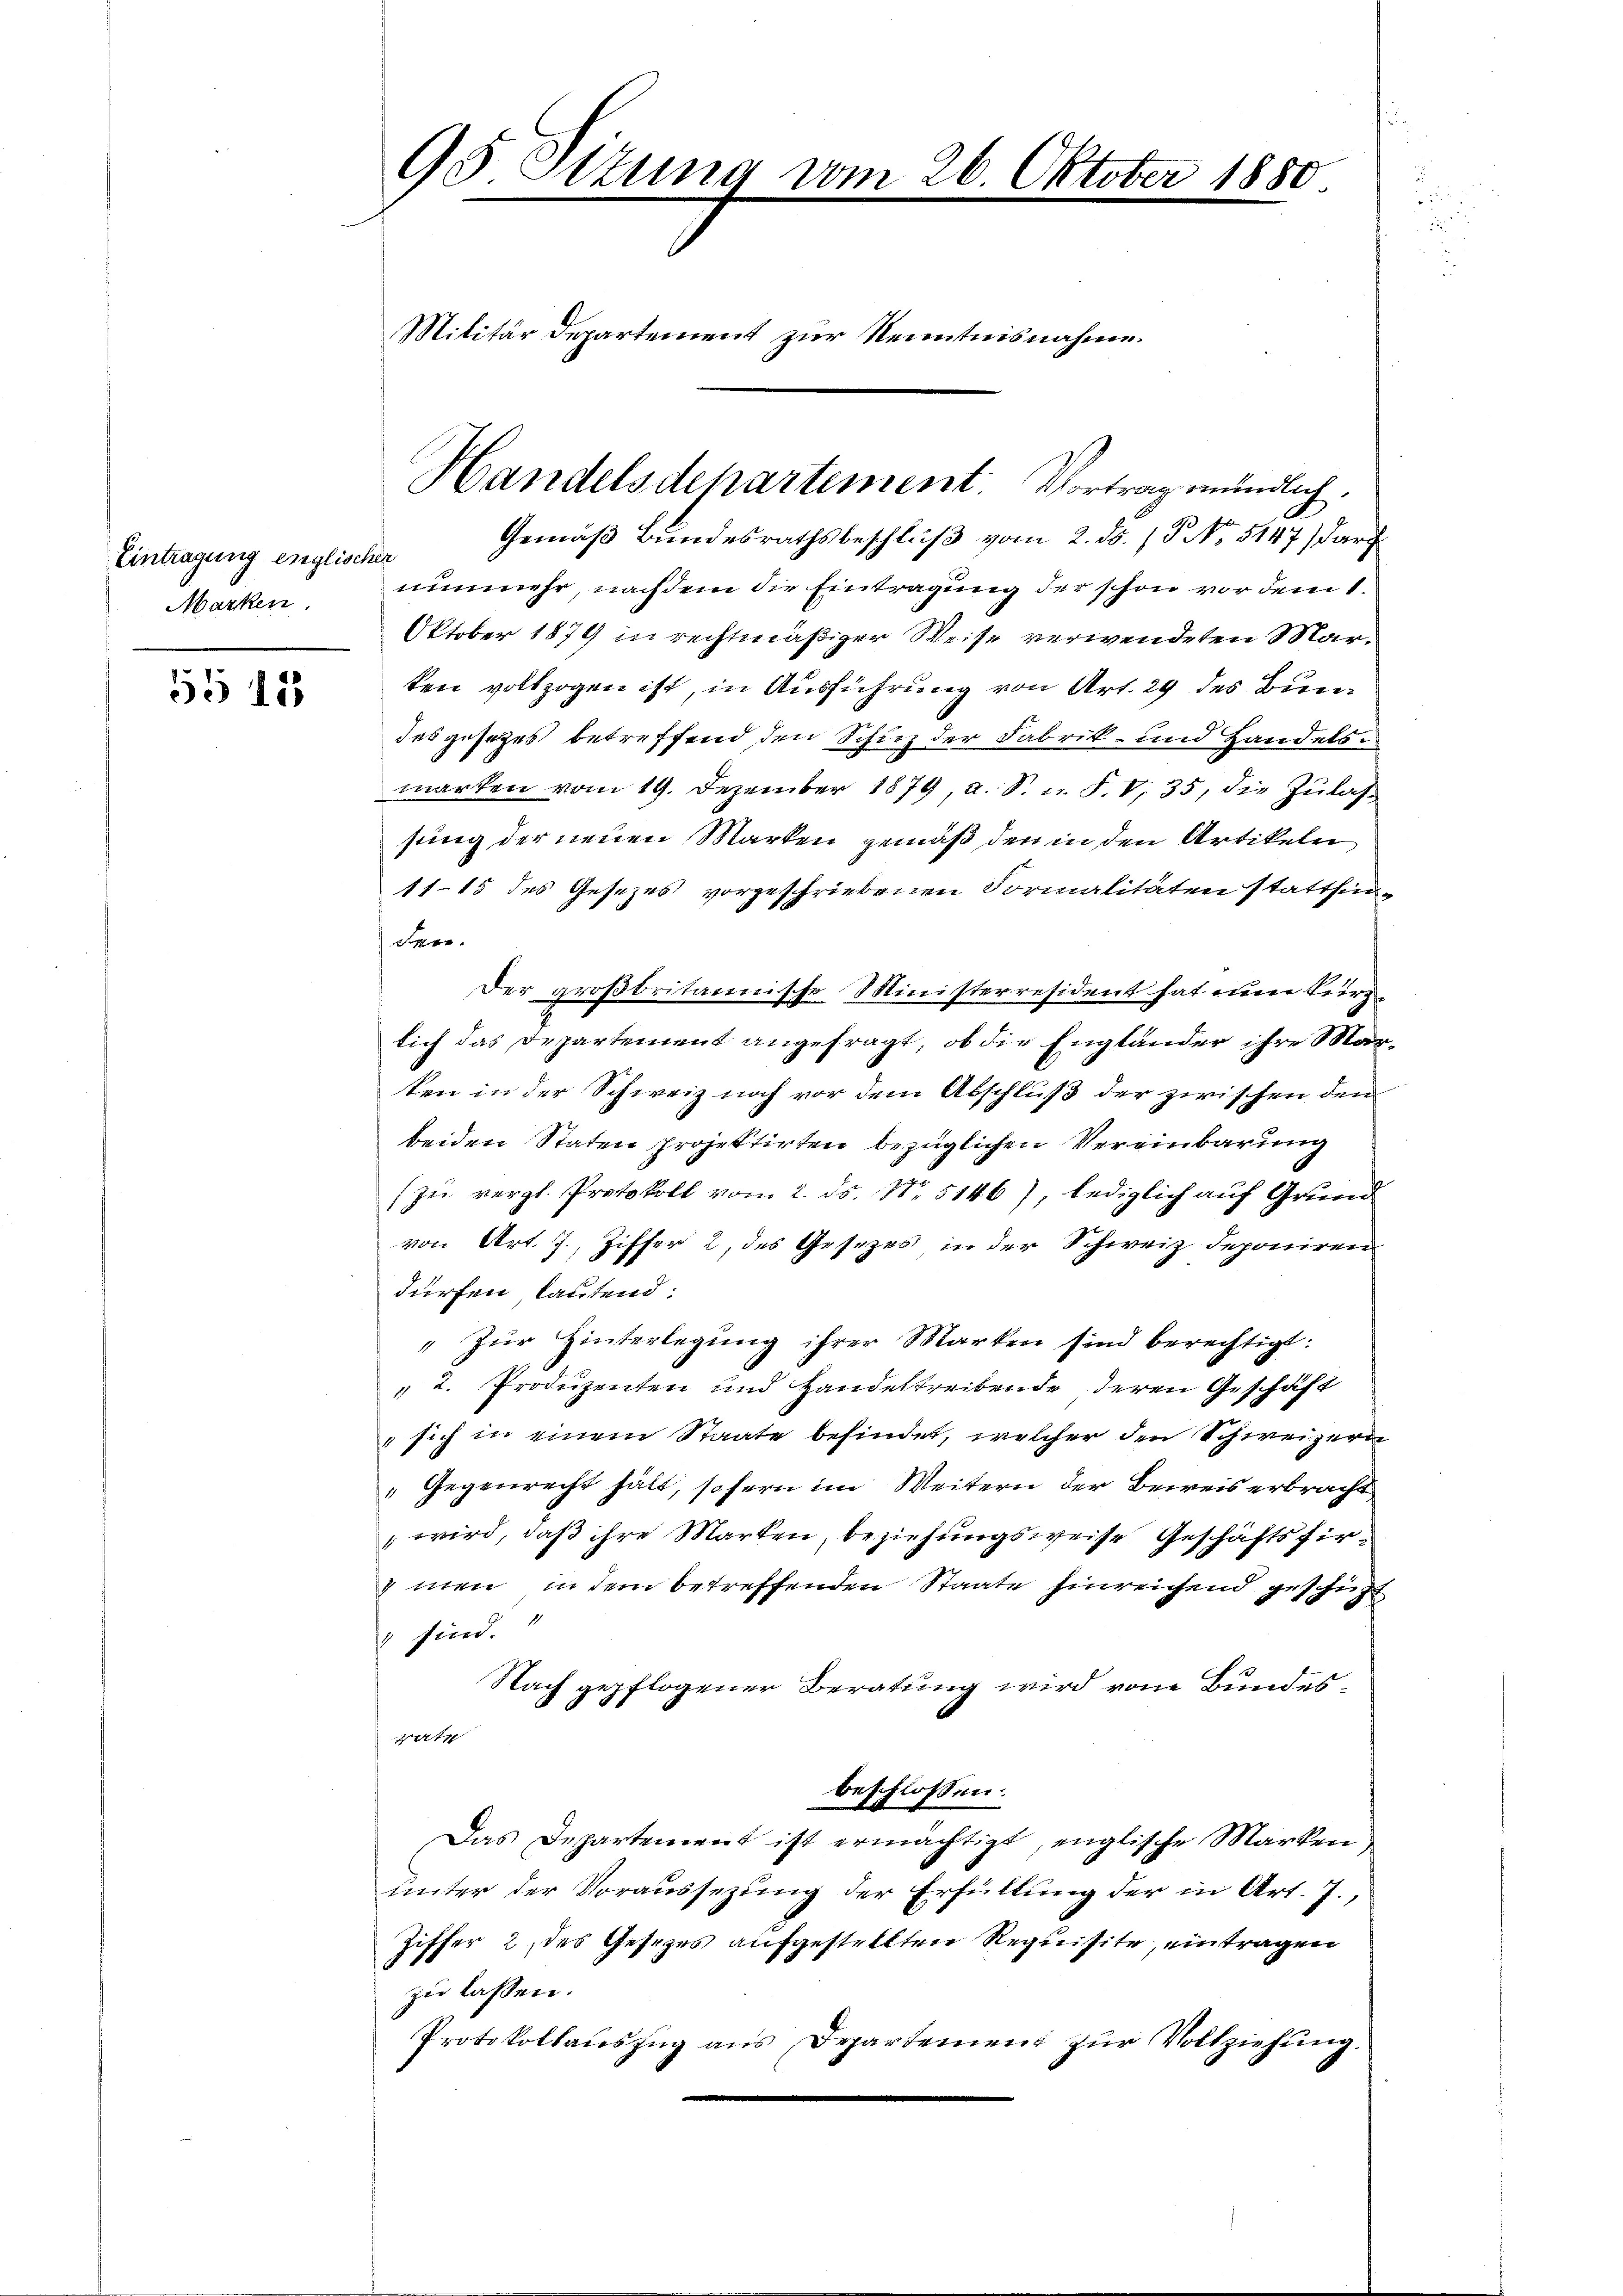
Eintragung englisch
Marken.

55 18

95 Otzung vom 26. Oktober 1880
Militär Departement zur Kenntnisnahme.

Handelsdepartement. Vortrag mündlich.
Gemäß Bundesrathsbeschluß vom 2. ds. / P NNo. 5147/ darz
h
nunmehr, nachdem die Eintragung der schon vor dem 1.
Oktober 1879 in rechtmäßiger Weise verwendeten Marten vollzogen ist, in Ausführung von Art. 29 des Bundes gesetzes betreffend den Schuz der Fabrik- und Handelsmarken vom 19. Dezember 1879, a. S. u. F. V. 35, die Zŭlas-
sung der neuen Marken gemäß den in den Artikeln
1115 des Gesezes vorgeschriebenen Formalitäten stattfin¬
S
Der großbritannische Ministerresident hat nun kurz
lich das Departement angefragt, ob die Engländer ihre Marten in der Schweiz noch vor dem Abschluß der zwischen den
beiden Staten projektirten bezüglichen Vereinbarung
(zu vergl. Protokoll von 2. ds. No. 5146), lediglich auf Grund
von Art. 7, Ziffer 2, des Gesezes in der Schweiz deponiren
dürfen lautend.
"Zur Hinterlegung ihrer Marken sind berechtigt:
2. Produzenten und Handeltreibende deren Geschäft
 sich in einem Staate befindet, welcher den Schweizern
„Gegenrecht hält, sofern im Weitern der Beweis erbracht
" wird, daß ihre Marken, beziehungsweise Geschäftsfirmen, in dem betreffenden Staate hinreichend geschicht
 sind.
Nach gepflogener Beratung wird vom Bundesvirte
beschlossen:
Das Departement ist ermächtigt, englische Marken
unter der Voraussezung der Erfüllung der in Art. 7.,
Ziffer 2, des Gesezes aufgestellten Requisite, eintragen
zu lassen.
Protokollauszug aus Departement zur Vollziehung.